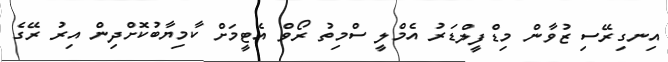
އިނގިރޭސި ޒުވާން މިޑްފީލްޑަރު އެމްލީ ސްމިތު ރޯވް އެޓީމަށް ކާމިޔާބުކޮށްދިން އިރު ރޭގެ